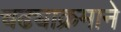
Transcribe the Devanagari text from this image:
चढ्याक्रमाने